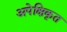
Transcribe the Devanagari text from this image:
अपेक्षिकृत